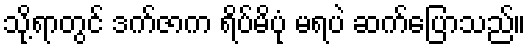
သို့ရာတွင် ဒက်ဇာက ရိပ်မိပုံ မရပဲ ဆက်ပြောသည်။